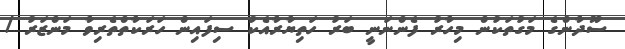
ސޫދާންގެ މަގުތަކުން މިހާރު ފެންނަނީ ބަރު ހަތިޔާރާއެކު ސިފައިން ހަރަކާތްތެރިވާ މަންޒަރު /